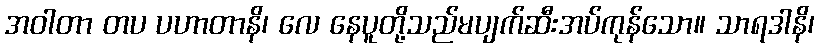
အဝါတာ တပ ပဟာတာနိ၊ လေ နေပူတို့သည်မပျက်ဆီးအပ်ကုန်သော။ သာရဒါနိ၊